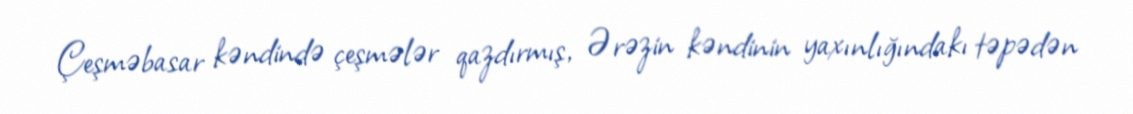
Çeşməbasar kəndində çeşmələr qazdırmış, Ərəzin kəndinin yaxınlığındakı təpədən